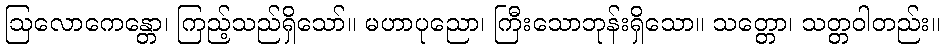
ဩလောကေန္တော၊ ကြည့်သည်ရှိသော်။ မဟာပုညော၊ ကြီးသောဘုန်းရှိသော။ သတ္တော၊ သတ္တဝါတည်း။